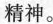
精神。